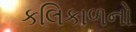
કલિકાળનો